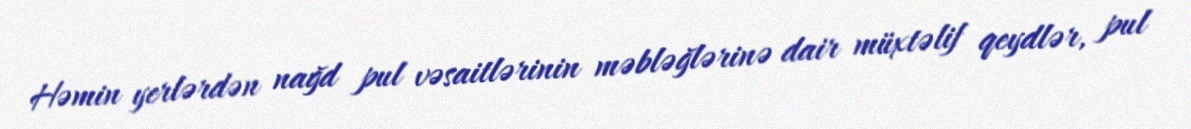
Həmin yerlərdən nağd pul vəsaitlərinin məbləğlərinə dair müxtəlif qeydlər, pul